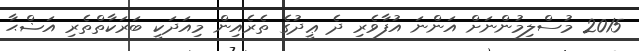
2015 މުސްލިމުންނަށް އަންނަ އުފާވެރި ދެ ޢީދުގެ ތެރެއިން މިއަދަކީ ބަރަކާތްތެރި އަޟްޙާ